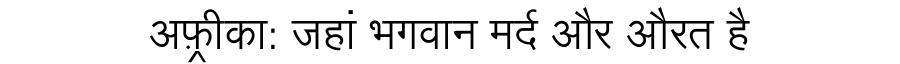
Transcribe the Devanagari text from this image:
अफ़्रीका: जहां भगवान मर्द और औरत है